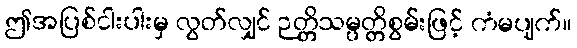
ဤအပြစ်ငါးပါးမှ လွတ်လျှင် ဉတ္တိသမ္ပတ္တိစွမ်းဖြင့် ကံမပျက်။